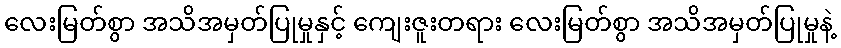
လေးမြတ်စွာ အသိအမှတ်ပြုမှုနှင့် ကျေးဇူးတရား လေးမြတ်စွာ အသိအမှတ်ပြုမှုနဲ့